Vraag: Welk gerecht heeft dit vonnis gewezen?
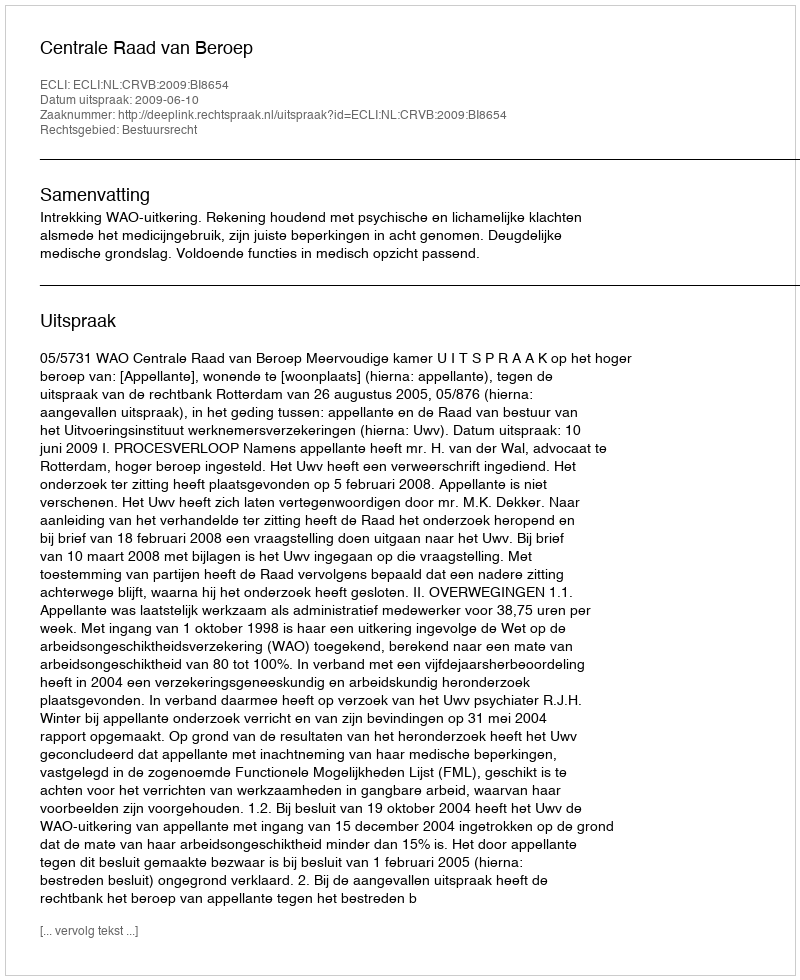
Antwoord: Centrale Raad van Beroep